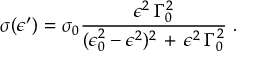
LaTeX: \sigma ( \epsilon ^ { \prime } ) = \sigma _ { 0 } \frac { \epsilon ^ { 2 } \, \Gamma _ { 0 } ^ { 2 } } { ( \epsilon _ { 0 } ^ { 2 } - \epsilon ^ { 2 } ) ^ { 2 } \, + \, \epsilon ^ { 2 } \, \Gamma _ { 0 } ^ { 2 } } \, \, .